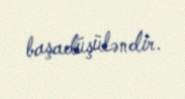
başadüşüləndir.